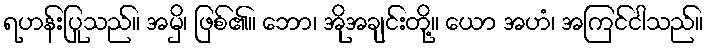
ရဟန်းပြုသည်။ အမှိ၊ ဖြစ်၏။ ဘော၊ အိုအချင်းတို့။ ယော အဟံ၊ အကြင်ငါသည်။